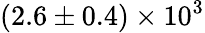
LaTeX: (2.6\pm 0.4)\times 10^{3}